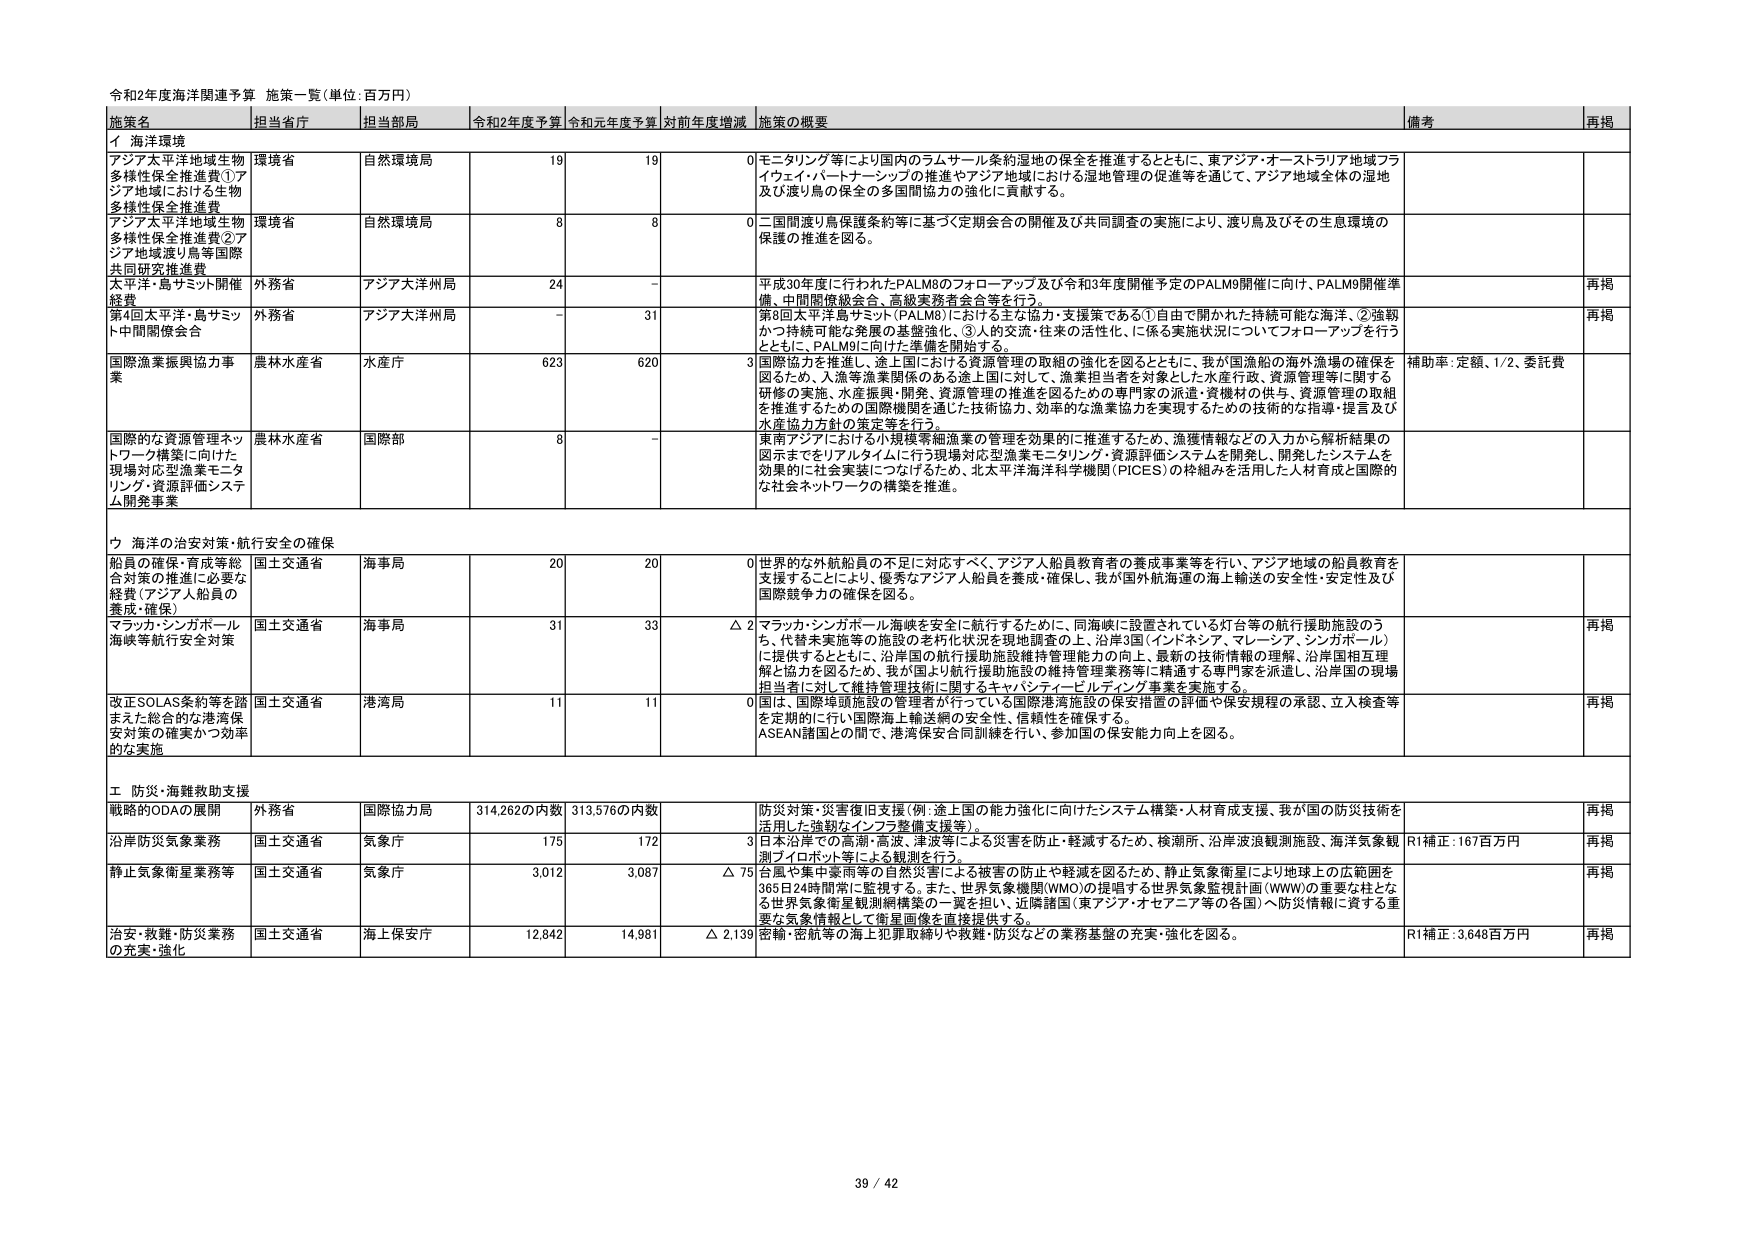
令和2年度海洋関連予算 施策一覧（単位：百万円）

施策名 担当省庁 担当部局 令和2年度予算 令和元年度予算 対前年度増減 施策の概要 備考 再掲

イ 海洋環境

アジア太平洋地域生物多様性保全推進費①アジア地域における生物多様性保全推進費 環境省 自然環境局 19 19 0 モニタリング等により国内のラムサール条約湿地の保全を推進するとともに、東アジア・オーストラリア地域フライウェイ・パートナーシップの推進やアジア地域における湿地管理の促進等を通じて、アジア地域全体の湿地及び渡り鳥の保全の多国間協力の強化に貢献する。

アジア太平洋地域生物多様性保全推進費②アジア地域渡り鳥等国際共同研究推進費 環境省 自然環境局 8 8 0 二国間渡り鳥保護条約等に基づく定期会合の開催及び共同調査の実施により、渡り鳥及びその生息環境の保護の推進を図る。

太平洋・島サミット開催経費 外務省 アジア大洋州局 24 - 平成30年度に行われたPALM8のフォローアップ及び令和3年度開催予定のPALM9開催に向け、PALM9開催準備、中間関係級会合、高級実務者会合等を行う。 再掲

第4回太平洋・島サミット中間関係会合 外務省 アジア大洋州局 - 31 第8回太平洋島サミット（PALM8）における主な協力・支援策である①自由で開かれた持続可能な海洋、②強靭かつ持続可能な発展の基盤強化、③人の交流・往来の活性化、に係る実施状況についてフォローアップを行うとともに、PALM9に向けた準備を開始する。 再掲

国際漁業振興協力事業 農林水産省 水産庁 623 620 3 国際協力を推進し、途上国における資源管理の取組の強化を図るとともに、我が国漁船の海外漁場の確保を図るため、入漁等漁業関係のある途上国に対して、漁業担当者を対象とした水産行政、資源管理等に関する研修の実施、水産振興・開発、資源管理の推進を図るための専門家の派遣・資機材の供与、資源管理の取組を推進するための国際機関を通じた技術協力、効率的な漁業協力を実現するための技術的な指導・提言及び水産協力方針の策定等を行う。 補助率：定額、1/2、委託費

国際的な資源管理ネットワーク構築に向けた現場対応型漁業モニタリング・資源評価システム開発事業 農林水産省 国際部 8 - 東南アジアにおける小規模等細漁業の管理を効果的に推進するため、漁獲情報などの入力から解析結果の図示までをリアルタイムに行う現場対応型漁業モニタリング・資源評価システムを開発し、開発したシステムを効果的に社会実装につなげるため、北太平洋海洋科学機関（PICES）の枠組みを活用した人材育成と国際的な社会ネットワークの構築を推進。

ウ 海洋の治安対策・航行安全の確保

船員の確保・育成等総合対策の推進に必要な経費（アジア人船員の養成・確保） 国土交通省 海事局 20 20 0 世界的な外航船員の不足に対応すべく、アジア人船員教育者の養成事業等を行い、アジア地域の船員教育を支援することにより、優秀なアジア人船員を養成・確保し、我が国外航海運の海上輸送の安全性・安定性及び国際競争力の確保を図る。

マラッカ・シンガポール海峡等航行安全対策 国土交通省 海事局 31 33 △2 マラッカ・シンガポール海峡を安全に航行するために、同海峡に設置されている灯台等の航行援助施設のうち、代替未実施等の施設の老朽化状況を現地調査の上、沿岸3国（インドネシア、マレーシア、シンガポール）に提供するとともに、沿岸国の航行援助施設維持管理能力の向上、最新の技術情報の理解、沿岸国相互理解と協力を図るため、我が国より航行援助施設の維持管理業務等に精通する専門家を派遣し、沿岸国の現場担当者に対して維持管理技術に関するキャパシティービルディング事業を実施する。 再掲

改正SOLAS条約等を踏まえた総合的な港湾保安対策の確実かつ効率的な実施 国土交通省 港湾局 11 11 0 国は、国際埠頭施設の管理者が行っている国際港湾施設の保安措置の評価や保安規程の承認、立入検査等を定期的に行い国際海上輸送網の安全性、信頼性を確保する。ASEAN諸国との間で、港湾保安合同訓練を行い、参加国の保全能力向上を図る。 再掲

エ 防災・海難救助支援

戦略的ODAの展開 外務省 国際協力局 314,262の内数 313,576の内数 防災対策・災害復旧支援（例：途上国の能力強化に向けたシステム構築・人材育成支援、我が国の防災技術を活用した強靭なインフラ整備支援等）。 再掲

沿岸防災気象業務 国土交通省 気象庁 175 172 3 日本沿岸での高潮・高波、津波等による災害を防止・軽減するため、検潮所、沿岸波浪観測施設、海洋気象観測ブイロボット等による観測を行う。 R1補正：167百万円 再掲

静止気象衛星業務等 国土交通省 気象庁 3,012 3,087 △75 台風や集中豪雨等の自然災害による被害の防止や軽減を図るため、静止気象衛星により地球上の広範囲を365日24時間常に監視する。また、世界気象機関（WMO）の提唱する世界気象監視計画（WWW）の重要な柱となる世界気象衛星観測網構築の一翼を担い、近隣諸国（東アジア・オセアニア等の各国）へ防災情報に資する重要な気象情報として衛星画像を直接提供する。 再掲

治安・救難・防災業務の充実・強化 国土交通省 海上保安庁 12,842 14,981 △2,139 密輸・密航等の海上犯罪取締りや救難・防災などの業務基盤の充実・強化を図る。 R1補正：3,648百万円 再掲

39 / 42